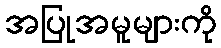
အပြုအမူများကို